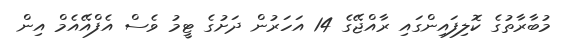
މުބާރާތުގެ ކޮލިފައިންގައި ރާއްޖޭގެ 14 އަހަރުން ދަށުގެ ޓީމު ވެސް އެފްއޭއެމް އިން